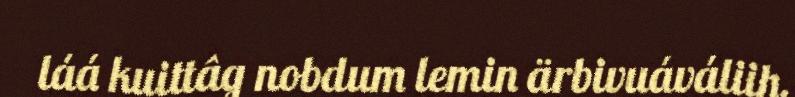
láá kuittâg nobdum lemin ärbivuáváliih,